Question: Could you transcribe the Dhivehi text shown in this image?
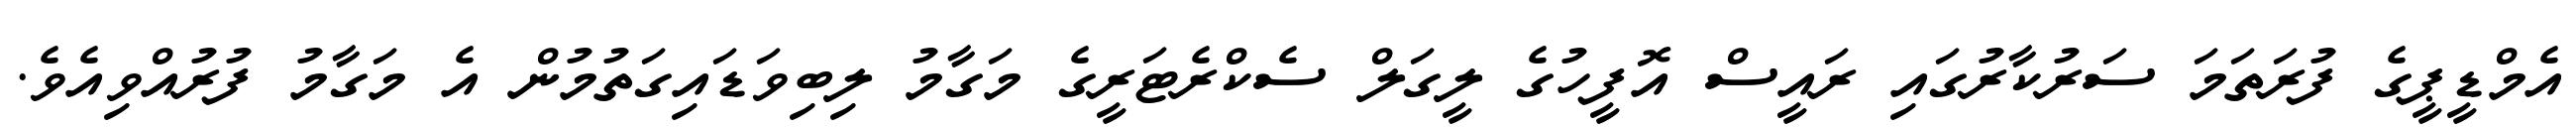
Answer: އެމްޑީޕީގެ ފުރަތަމަ ސަރުކާރުގައި ރައީސް އޮފީހުގެ ލީގަލް ސެކްރެޓަރީގެ މަގާމު ލިބިވަޑައިގަތުމުން އެ މަގާމު ފުރުއްވިއެވެ.